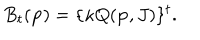
B _ { t } ( { \bf p } ) = \{ \kappa Q ( { \bf p } , J ) \} ^ { t } .